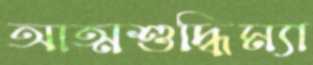
আত্মশুদ্ধিম্যা